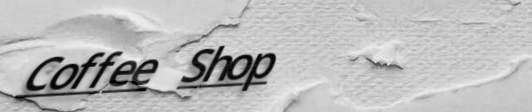
Coffee Shop